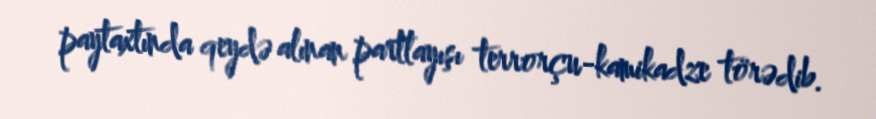
paytaxtında qeydə alınan partlayışı terrorçu-kamikadze törədib.